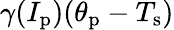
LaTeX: \gamma(I_{\mathrm{p}})(\theta_{\mathrm{p}}-T_{\mathrm{s}})